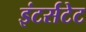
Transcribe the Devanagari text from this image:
इंटर्सटेट